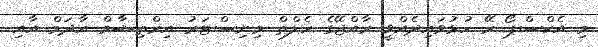
މި އެކްސްޕޯ ރޭ ހުޅުވައިދެއްވީ ރާއްޖޭގެ ހެލްތް މިނިސްޓަރު އިރްތިޝާމް އާދަމް އާއި